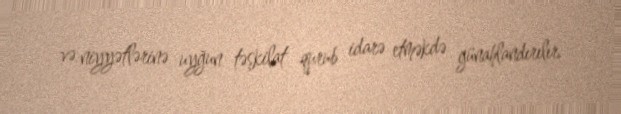
və niyyətlərinə uyğun təşkilat qurub idarə etməkdə günahlandırılır.